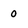
Character: 0